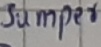
Text: jumper